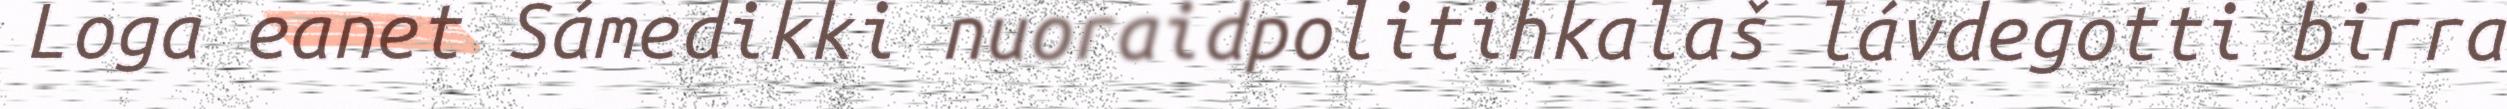
Loga eanet Sámedikki nuoraidpolitihkalaš lávdegotti birra